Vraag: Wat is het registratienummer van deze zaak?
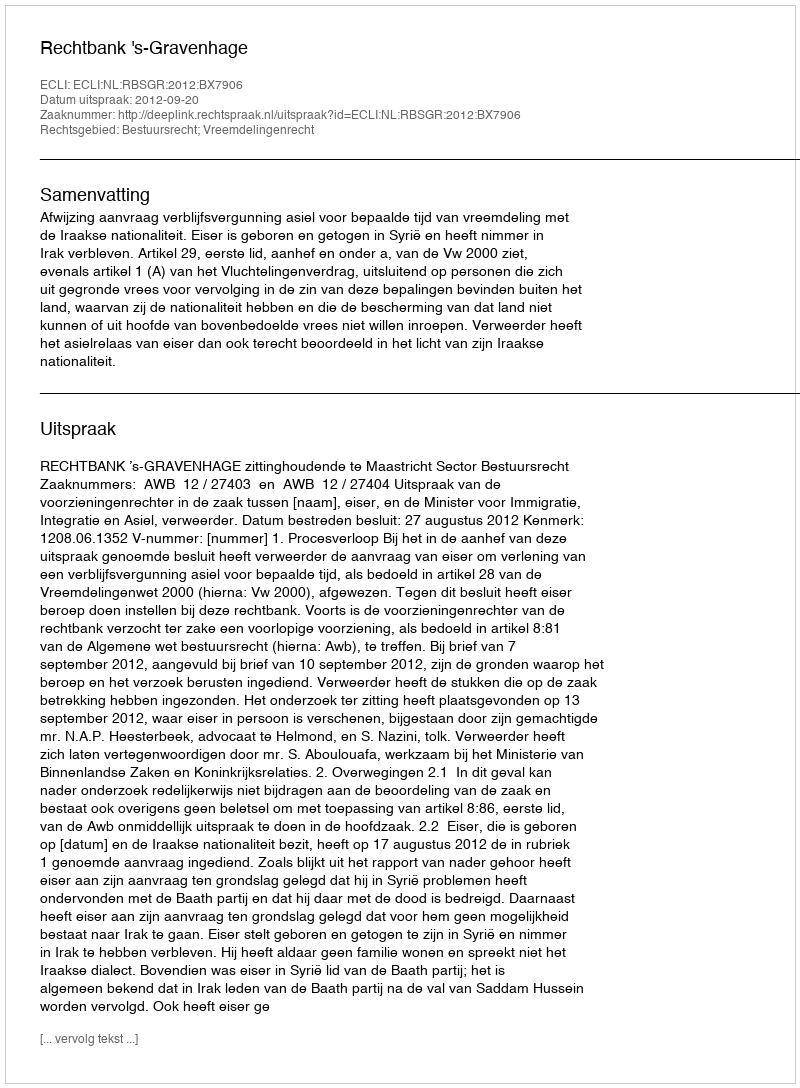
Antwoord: http://deeplink.rechtspraak.nl/uitspraak?id=ECLI:NL:RBSGR:2012:BX7906